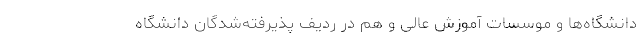
دانشگاه‌ها و موسسات آموزش عالی و هم در ردیف پذیرفته‌شدگان دانشگاه